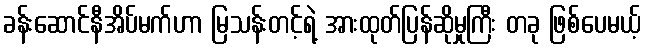
ခန်းဆောင်နီအိပ်မက်ဟာ မြသန်းတင့်ရဲ့ အားထုတ်ပြန်ဆိုမှုကြီး တခု ဖြစ်ပေမယ့်